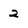
Character: 2